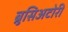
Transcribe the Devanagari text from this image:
ब्रुसिअटोरी